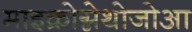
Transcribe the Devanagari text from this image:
माइक्रोग्नेथोजोआ